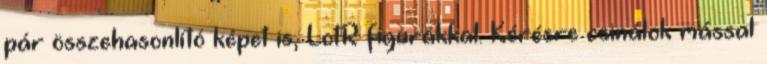
pár összehasonlító képet is, LotR figurákkal. Kérésre csinálok mással